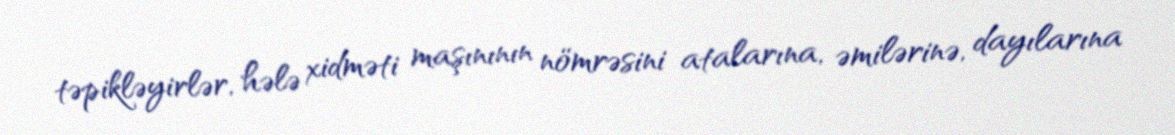
təpikləyirlər, hələ xidməti maşınının nömrəsini atalarına, əmilərinə, dayılarına